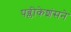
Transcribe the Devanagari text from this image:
पब्लीकेशंसने